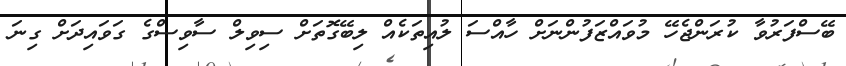
ބޭސްފަރުވާ ކުރަންޖެހޭ މުވައްޒަފުންނަށް ހާއްސަ ލުއިތަކެއް ލިބޭގޮތަށް ސިވިލް ސާވިސްގެ ގަވައިދަށް ގިނަ